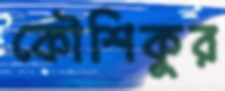
কৌশিকুর